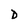
Character: D